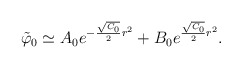
\begin{align*}{\tilde \varphi}_0 \simeq A_0 e^{-{{\sqrt{C_0}}\over 2 }r^2} + B_0 e^{{{\sqrt{C_0}}\over 2 }r^2}.\end{align*}